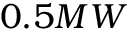
0 . 5 M W